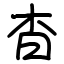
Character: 杳